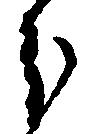
分